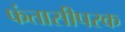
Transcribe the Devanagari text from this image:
फंतासीपरक